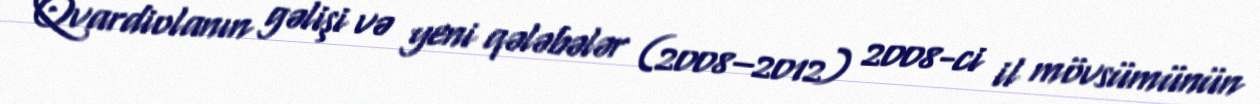
Qvardiolanın gəlişi və yeni qələbələr (2008–2012) 2008-ci il mövsümünün